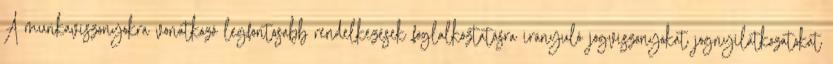
A munkaviszonyokra vonatkozó legfontosabb rendelkezések foglalkoztatásra irányuló jogviszonyokat jognyilatkozatokat